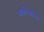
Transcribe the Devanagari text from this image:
कर्करोगासह